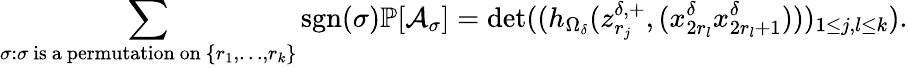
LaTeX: \sum_{\sigma:\sigma\mathrm{~is~a~permutation~on~}\{ r_{1},\ldots,r_{k}\} }\mathrm{sgn}(\sigma)\mathbb{P}[\mathcal{A}_{\sigma}]=\operatorname*{det}((h_{\Omega_{\delta}}(z_{r_{j}}^{\delta,+},(x_{2r_{l}}^{\delta}x_{2r_{l}+1}^{\delta})))_{1\le j,l\le k}).